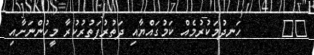
٧٣      ހަނދުމަކުރުމެއް ކަމުގައްޔާއި ދަތުރުފަތުރުކުރާ މީހުންނަށާއި